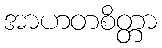
အာဟတစိတ္တာ